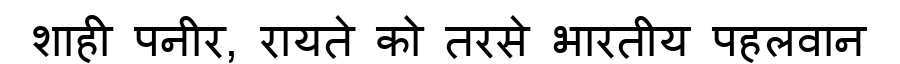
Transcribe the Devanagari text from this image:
शाही पनीर, रायते को तरसे भारतीय पहलवान